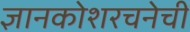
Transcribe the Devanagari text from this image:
ज्ञानकोशरचनेची